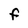
Character: F